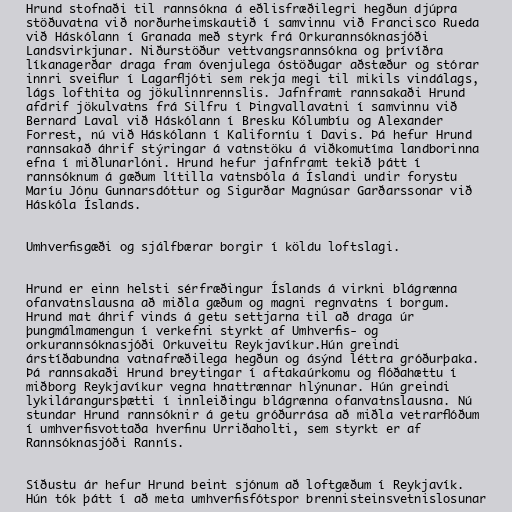
Hrund stofnaði til rannsókna á eðlisfræðilegri hegðun djúpra
stöðuvatna við norðurheimskautið í samvinnu við Francisco Rueda
við Háskólann í Granada með styrk frá Orkurannsóknasjóði
Landsvirkjunar. Niðurstöður vettvangsrannsókna og þrívíðra
líkanagerðar draga fram óvenjulega óstöðugar aðstæður og stórar
innri sveiflur í Lagarfljóti sem rekja megi til mikils vindálags,
lágs lofthita og jökulinnrennslis. Jafnframt rannsakaði Hrund
afdrif jökulvatns frá Silfru í Þingvallavatni í samvinnu við
Bernard Laval við Háskólann í Bresku Kólumbíu og Alexander
Forrest, nú við Háskólann í Kaliforníu í Davis. Þá hefur Hrund
rannsakað áhrif stýringar á vatnstöku á viðkomutíma landborinna
efna í miðlunarlóni. Hrund hefur jafnframt tekið þátt í
rannsóknum á gæðum lítilla vatnsbóla á Íslandi undir forystu
Maríu Jónu Gunnarsdóttur og Sigurðar Magnúsar Garðarssonar við
Háskóla Íslands.

Umhverfisgæði og sjálfbærar borgir í köldu loftslagi.

Hrund er einn helsti sérfræðingur Íslands á virkni blágrænna
ofanvatnslausna að miðla gæðum og magni regnvatns í borgum.
Hrund mat áhrif vinds á getu settjarna til að draga úr
þungmálmamengun í verkefni styrkt af Umhverfis- og
orkurannsóknasjóði Orkuveitu Reykjavíkur.Hún greindi
árstíðabundna vatnafræðilega hegðun og ásýnd léttra gróðurþaka.
Þá rannsakaði Hrund breytingar í aftakaúrkomu og flóðahættu í
miðborg Reykjavíkur vegna hnattrænnar hlýnunar. Hún greindi
lykilárangursþætti í innleiðingu blágrænna ofanvatnslausna. Nú
stundar Hrund rannsóknir á getu gróðurrása að miðla vetrarflóðum
í umhverfisvottaða hverfinu Urriðaholti, sem styrkt er af
Rannsóknasjóði Rannís.

Síðustu ár hefur Hrund beint sjónum að loftgæðum í Reykjavík.
Hún tók þátt í að meta umhverfisfótspor brennisteinsvetnislosunar